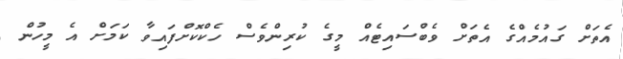
އެތަށް ގައުމެއްގެ އެތަށް ވެބްސައިޓެއް މީގެ ކުރިންވެސް ހެކްކޮށްފައިވާ ކަމަށް އެ މީހުން